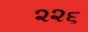
૨૨૬